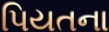
પિયતના